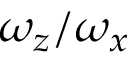
\omega _ { z } / \omega _ { x }